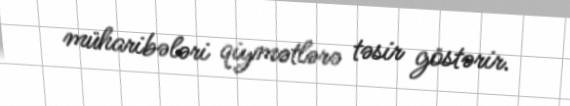
müharibələri qiymətlərə təsir göstərir.